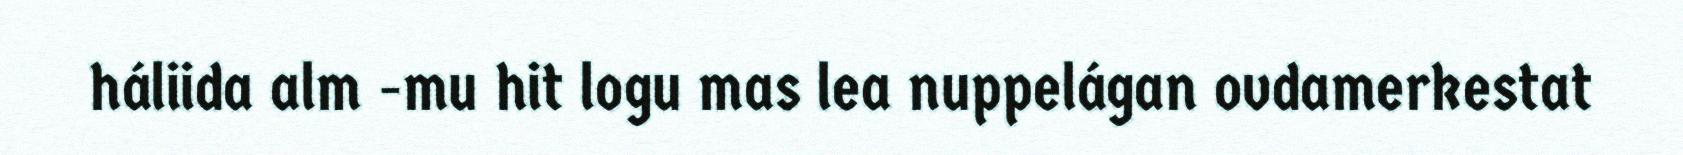
háliida alm -mu hit logu mas lea nuppelágan ovdamerkestat